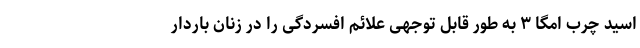
اسید چرب امگا ۳ به طور قابل توجهی علائم افسردگی را در زنان باردار